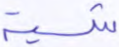
شية